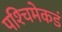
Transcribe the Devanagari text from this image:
पश्‍चिमेकडं